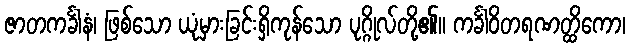
ဇာတကင်္ခါနံ၊ ဖြစ်သော ယုံမှားခြင်းရှိကုန်သော ပုဂ္ဂိုလ်တို့၏။ ကင်္ခါဝိတရဏတ္ထိကော၊